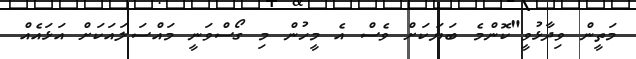
މަތީން ވިދާޅުވީ"ކޮންމެ ބަޔަކަށް ވެސް އެ މީހުން މި ގޯސްވަނީ މައްސަލައަކަށް އަޅައެއް